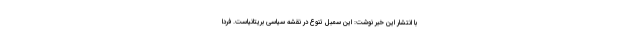
با انتشار این خبر نوشت: این سمبل تنوع در نقشه سیاسی بریتانیاست. فردا